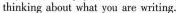
thinking about what you are writing